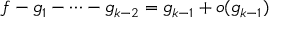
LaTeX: f - g _ { 1 } - \cdots - g _ { k - 2 } = g _ { k - 1 } + o ( g _ { k - 1 } )